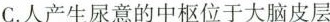
C.人产生尿意的中枢位于大脑皮层